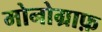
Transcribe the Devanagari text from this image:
मोनोग्राफ़